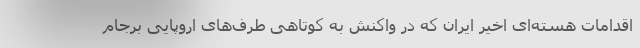
اقدامات هسته‌ای اخیر ایران که در واکنش به کوتاهی طرف‌های اروپایی برجام